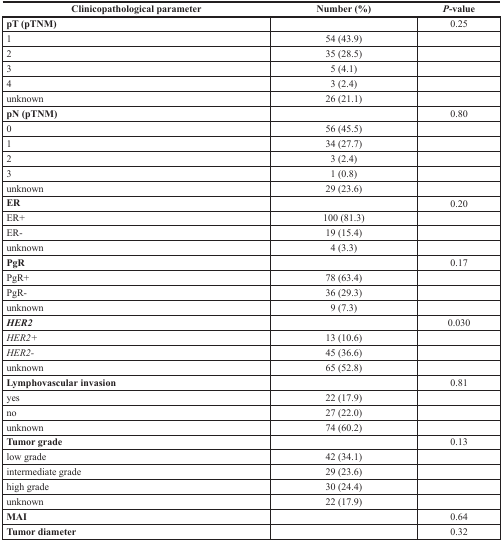
| Clinicopathological parameter | Number (%) | P-value |
 | --- | --- | --- |
 | pT (pTNM) |  | 0.25 |
 | 1 | 54 (43.9) |  |
 | 2 | 35 (28.5) |  |
 | 3 | 5 (4.1) |  |
 | 4 | 3 (2.4) |  |
 | unknown | 26 (21.1) |  |
 | pN (pTNM) |  | 0.80 |
 | 0 | 56 (45.5) |  |
 | 1 | 34 (27.7) |  |
 | 2 | 3 (2.4) |  |
 | 3 | 1 (0.8) |  |
 | unknown | 29 (23.6) |  |
 | ER |  | 0.20 |
 | ER+ | 100 (81.3) |  |
 | ER- | 19 (15.4) |  |
 | unknown | 4 (3.3) |  |
 | PgR |  | 0.17 |
 | PgR+ | 78 (63.4) |  |
 | PgR- | 36 (29.3) |  |
 | unknown | 9 (7.3) |  |
 | HER2 |  | 0.030 |
 | HER2+ | 13 (10.6) |  |
 | HER2- | 45 (36.6) |  |
 | unknown | 65 (52.8) |  |
 | Lymphovascular invasion |  | 0.81 |
 | yes | 22 (17.9) |  |
 | no | 27 (22.0) |  |
 | unknown | 74 (60.2) |  |
 | Tumor grade |  | 0.13 |
 | low grade | 42 (34.1) |  |
 | intermediate grade | 29 (23.6) |  |
 | high grade | 30 (24.4) |  |
 | unknown | 22 (17.9) |  |
 | MAI |  | 0.64 |
 | Tumor diameter |  | 0.32 |